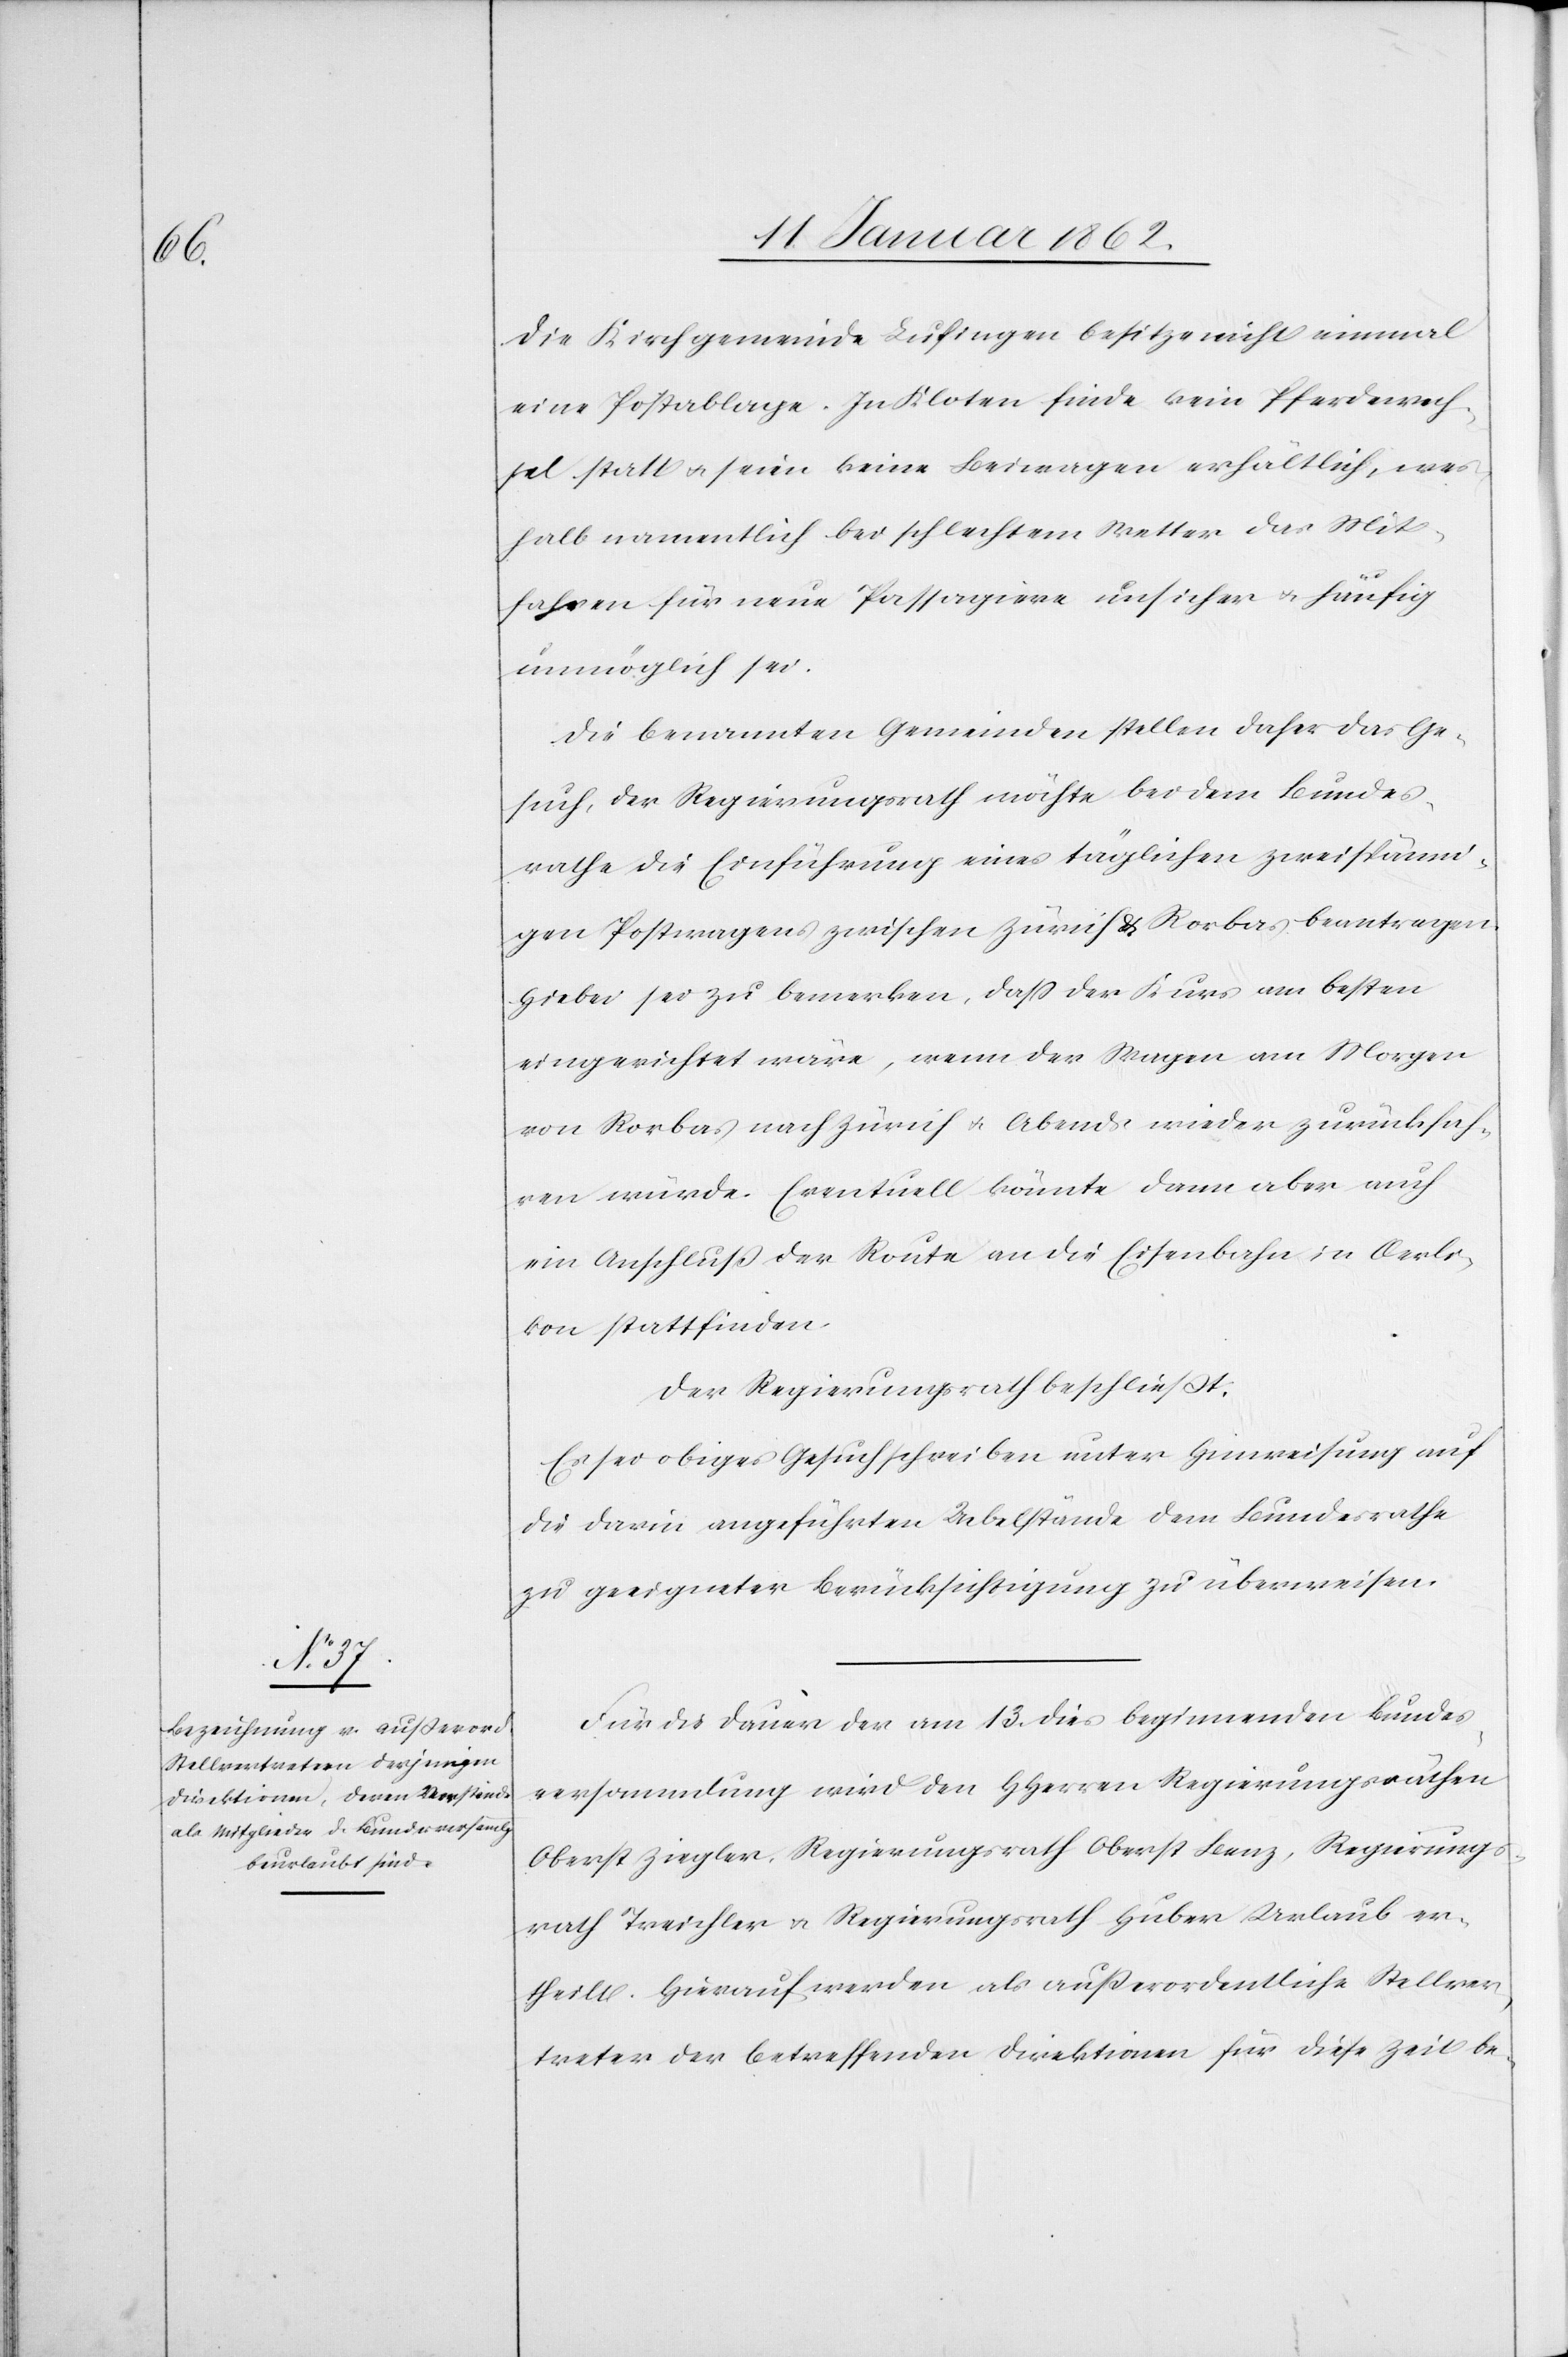
Die Kirchgemeinde Lufingen besitze nicht einmal
eine Postablage. In Kloten finde kein Pferdewech¬
sel statt u. seien keine Beiwagen erhältlich, wes¬
halb namentlich bei schlechtem Wetter das Mit¬
fahren für neue Passagiere unsicher u. häufig
unmöglich sei.
Die benannten Gemeinden stellen daher das Ge¬
such, der Regierungsrath möchte bei dem Bundes¬
rathe die Einführung eines täglichen zweispänn¬
igen Postwagens zwischen Zürich u. Rorbas beantragen.
Hiebei sei zu bemerken, daß der Kurs am besten
eingerichtet wäre, wenn der Wagen am Morgen
von Rorbas nach Zürich u. Abends wieder zurückfah¬
ren würde. Eventuell könnte dann aber auch
ein Anschluß der Route an die Eisenbahn in Oerli¬
kon stattfinden.
Der Regierungsrath beschließt:
Es sei obiges Gesuchschreiben unter Hinweisung auf
die darin angeführten Uebelstände dem Bundesrathe
zu geeigneter Berücksichtigung zu überweisen.
Für die Dauer der am 13. dies beginnenden Bundes¬
versammlung wird den HHerren Regierungsräthen
Oberst Ziegler, Regierungsrath Oberst Benz, Regierungs¬
rath Treichler u. Regierungsrath Huber Urlaub er¬
theilt. Hierauf werden als außerordentliche Stellver¬
treter der betreffenden Direktionen für diese Zeit be-